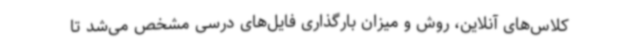
کلاس‌های آنلاین، روش و میزان بارگذاری فایل‌های درسی مشخص می‌شد تا